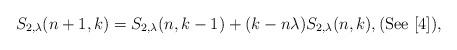
LaTeX: \begin{align*}S_{2,\lambda}(n+1,k)=S_{2,\lambda}(n,k-1)+(k-n\lambda)S_{2,\lambda}(n,k),(\mathrm{See}\ [4]),\end{align*}